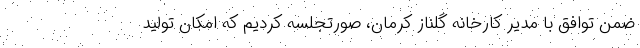
ضمن توافق با مدیر کارخانه گلناز کرمان، صورتجلسه کردیم که امکان تولید